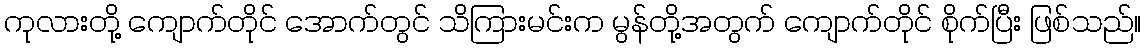
ကုလားတို့ ကျောက်တိုင် အောက်တွင် သိကြားမင်းက မွန်တို့အတွက် ကျောက်တိုင် စိုက်ပြီး ဖြစ်သည်။